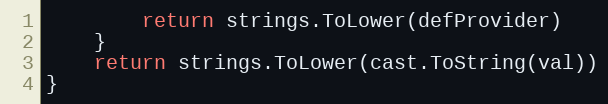
Language: Go
		return strings.ToLower(defProvider)
	}
	return strings.ToLower(cast.ToString(val))
}